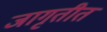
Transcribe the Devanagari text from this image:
जागृतीत